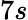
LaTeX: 7s